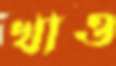
খাও